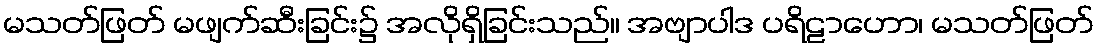
မသတ်ဖြတ် မဖျက်ဆီးခြင်း၌ အလိုရှိခြင်းသည်။ အဗျာပါဒ ပရိဠာဟော၊ မသတ်ဖြတ်